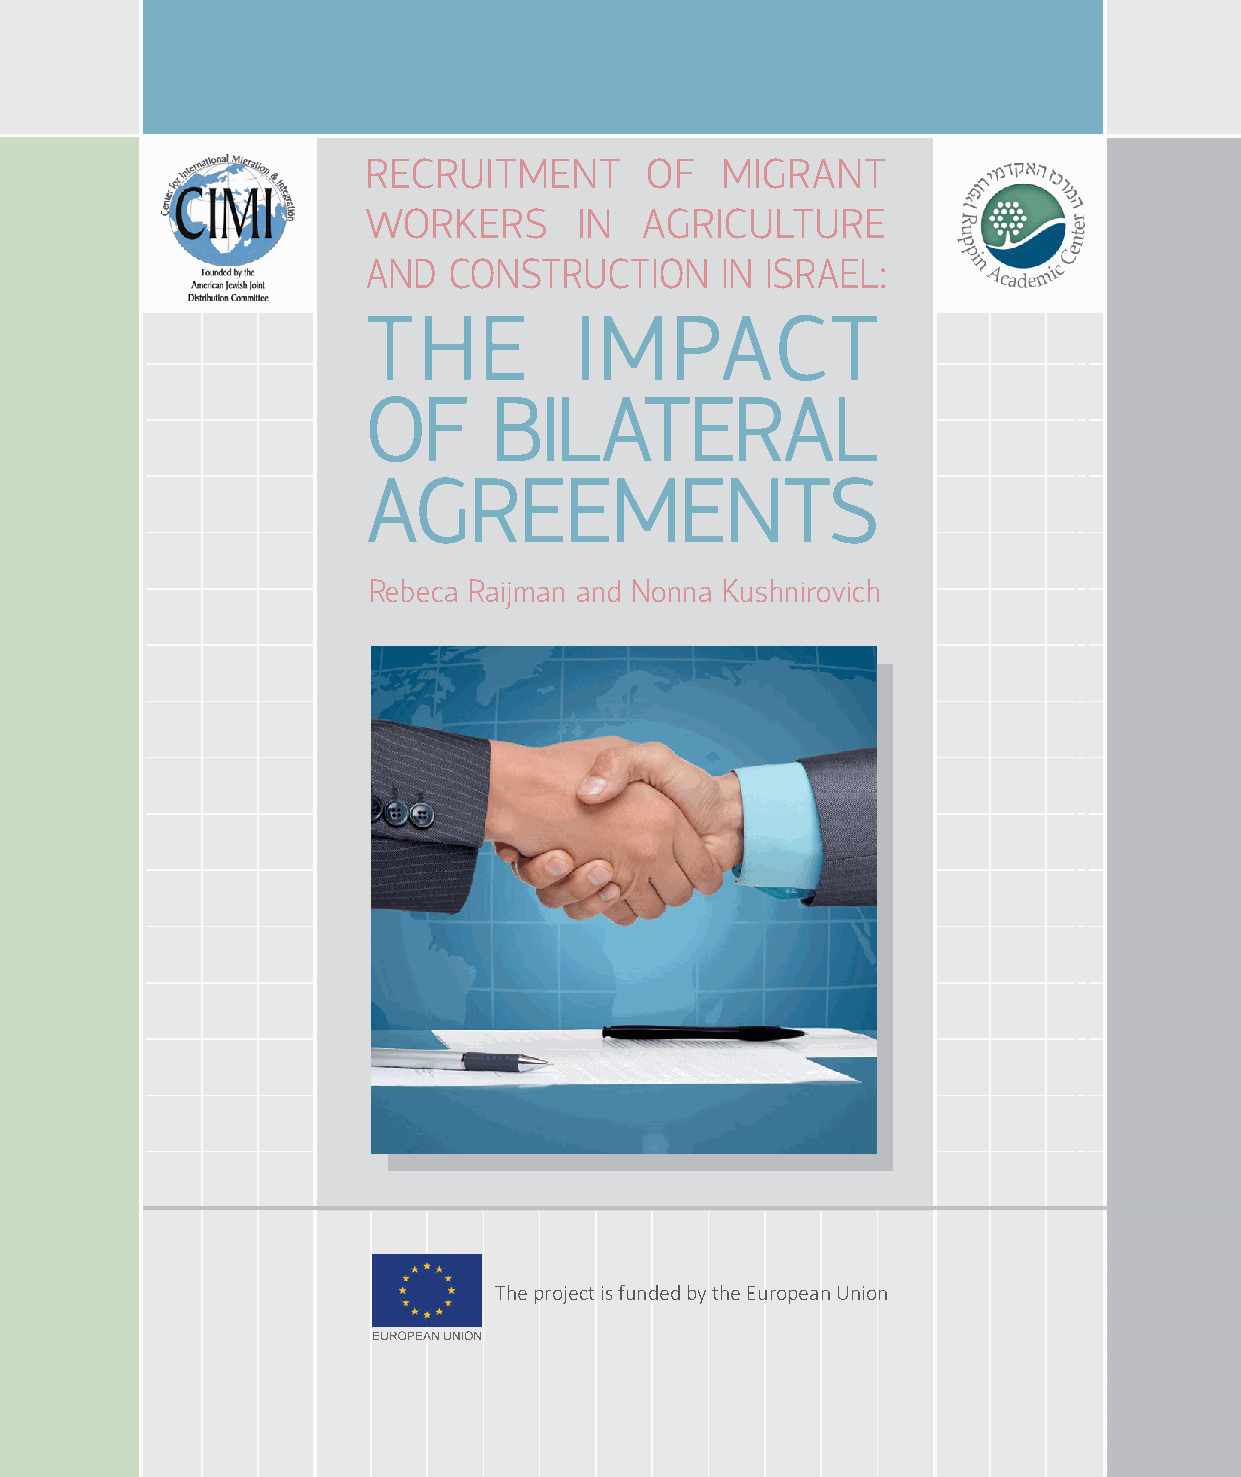
RECRUITMENT        OF   MIGRANT
 WORKERS       IN   AGRICULTURE
 AND   CONSTRUCTION      IN ISRAEL:
 T   H   E     I M    PACT
 OF       BILATERAL
 AGREEMENTS
 Rebeca Raijman and Nonna Kushnirovich
 The project is funded by the European Union